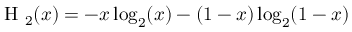
\mathrm { ~ H ~ } _ { 2 } ( x ) = - x \log _ { 2 } ( x ) - ( 1 - x ) \log _ { 2 } ( 1 - x )